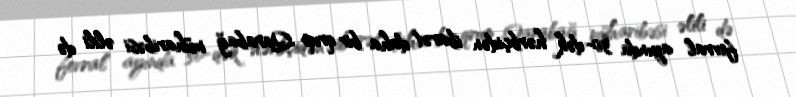
fevral ayında 30-dək hərbçidən ibarət daha bir qrup Qarabağ müharibəsi əlili də